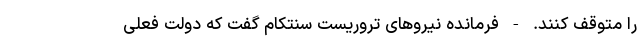
را متوقف کنند. - فرمانده نیروهای تروریست‌ سنتکام گفت که دولت فعلی